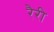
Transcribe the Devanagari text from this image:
रैरी